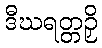
ဒီဃရတ္တဉှိ